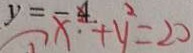
y = x ^ { 4 } + y ^ { 2 } = 2 0